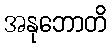
အနုဘောတိ